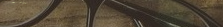
مركز متخصص في علاج تجميل